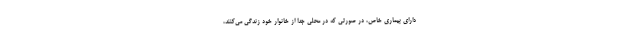
دارای بیماری خاص، در صورتی که در محلی جدا از خانوار خود زندگی می‌کنند،